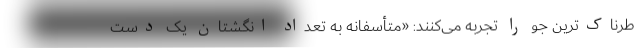
طرناک‌ترین جو را تجربه می‌کنند: «متأسفانه به تعداد انگشتان یک دست